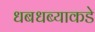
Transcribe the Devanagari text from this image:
धबधब्याकडे